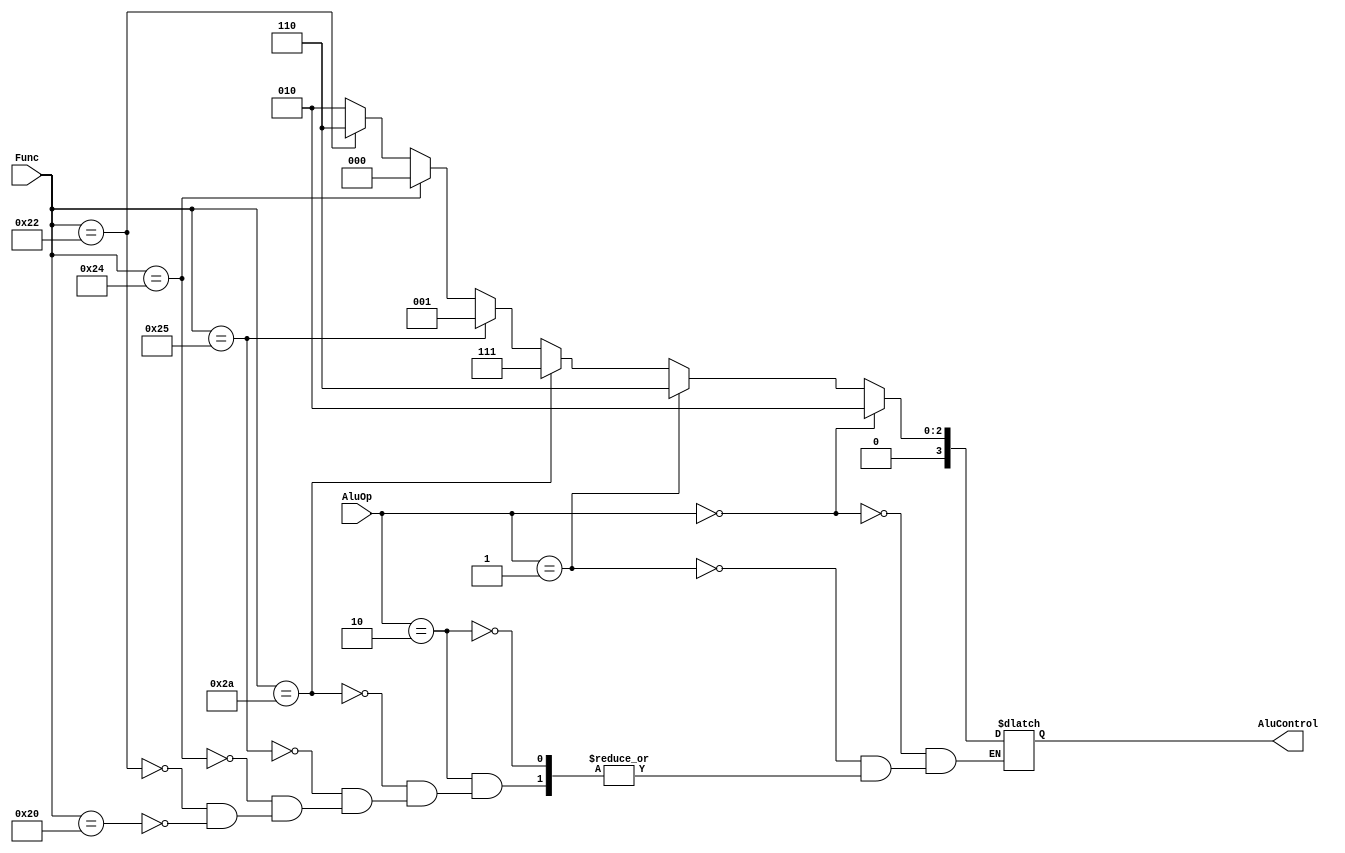
`timescale 1ns / 1ps
//////////////////////////////////////////////////////////////////////////////////
// Company: 
// Engineer: 
// 
// Design Name: 
// Module Name:    Alu_Control 
// Project Name: 
// Target Devices: 
// Tool versions: 
// Description: 
//
// Dependencies: 
//
// Revision: 
// Revision 0.01 - File Created
// Additional Comments: 
//
//////////////////////////////////////////////////////////////////////////////////
module Alu_Control( AluOp , Func , AluControl
    );
input[1:0]AluOp;
input[5:0]Func;
output[3:0]AluControl;
reg[3:0]AluControl;


always@(AluOp , Func)begin
	if(AluOp==2'b00)begin //sw , lw
		AluControl <= 4'b0010; //add
	end

	else if(AluOp==2'b01)begin //beq
		AluControl <= 4'b0110; //sub
	end
	
	else if(AluOp==2'b10)begin //rtype
		if(Func==6'b100000)begin 
			AluControl <= 4'b0010; //add
		end
		
		if(Func==6'b100010)begin
			AluControl <= 4'b0110; //sub
		end
		
		if(Func==6'b100100)begin
			AluControl <= 4'b0000; //and
		end
		
		if(Func==6'b100101)begin
			AluControl <= 4'b0001; //or
		end
		
		if(Func==6'b101010)begin
			AluControl <= 4'b0111; //set on less than
		end
		 
	end

end
 

endmodule